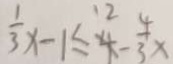
\frac { 1 } { 3 } x - 1 \leq 4 - \frac { 4 } { 3 } x